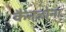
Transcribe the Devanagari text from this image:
कैनज़ोना